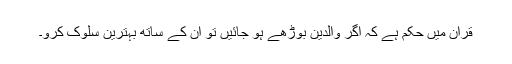
قرآن میں حکم ہے کہ اگر والدین بوڑھے ہو جائیں تو ان کے ساتھ بہترین سلوک کرو۔